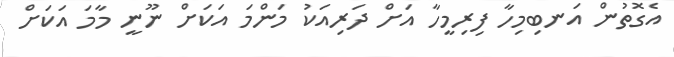
އެގޮތުން އަނބިމިހާ ފިރިމީހާ އަށް ދަރިއަކު މަންމަ އަކަށް ނޫނީ މާމަ އަކަށް